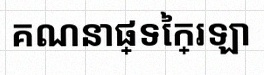
គណនាផ្ទៃក្រឡា